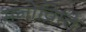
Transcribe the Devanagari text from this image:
मनोव्रित्ति